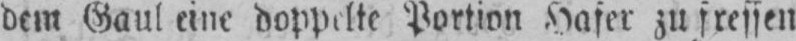
dem Gaul eine doppelte Portion Hafer zu fressen